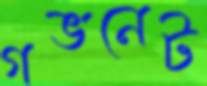
গভনেট